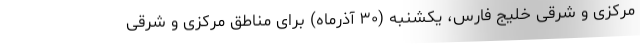
مرکزی و شرقی خلیج فارس، یکشنبه (۳۰ آذرماه) برای مناطق مرکزی و شرقی